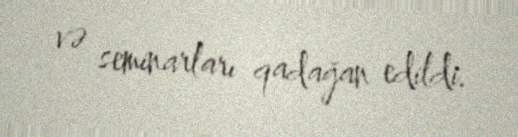
və seminarları qadağan edildi.